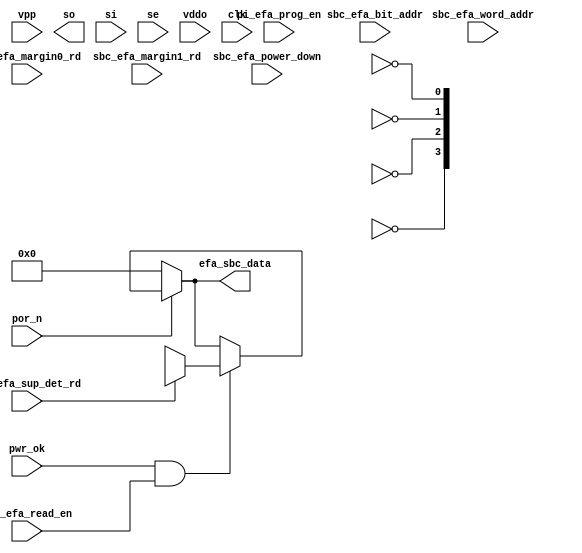
module bw_r_efa (
	vpp,
	pi_efa_prog_en, 
	sbc_efa_read_en,
	sbc_efa_word_addr,	
	sbc_efa_bit_addr,
	sbc_efa_margin0_rd,
	sbc_efa_margin1_rd,
	efa_sbc_data,
 	pwr_ok,
	por_n,
        sbc_efa_sup_det_rd,
	sbc_efa_power_down,
	so,
	si,
	se,
	vddo,
	clk
);


input            vpp;			// VPP input from I/O

output  [31:0]   efa_sbc_data;		// Data from e-fuse array to SBC
input            pi_efa_prog_en; 	// e-fuse array program enable
input            sbc_efa_read_en; 	// e-fuse array read enable
input	[5:0]    sbc_efa_word_addr;	// e-fuse array word addr
input   [4:0]    sbc_efa_bit_addr;	// e-fuse array bit addr
input            sbc_efa_margin0_rd; 	// e-fuse array margin0 read
input            sbc_efa_margin1_rd;	// e-fuse array margin1 read

input		 pwr_ok;		// power_ok reset
input		 por_n;			// por_n reset
input		 sbc_efa_sup_det_rd;	// e-fuse array supply detect read
input		 sbc_efa_power_down;	// e-fuse power down signal from SBC

output           so;		// Scan ports
input            si;
input		 se;
input 		 vddo;
input            clk; 			// cpu clk

/*--------------------------------------------------------------------------*/

//** Parameters and define **//
parameter MAXFILENAME=200;
//parameter 	EFA_READ_LAT = 5670 ; // 7 system cycles (150Mhz) - 1/4(sys clk); about 45ns
				     // 840 ticks = 1 system cycle
parameter 	EFA_READ_LAT = 45000 ; //  about 45ns (timescale is 1 ps)
/* The access time has been specified to be 45ns for a worst case read */

//** Wire and Reg declarations **//

reg [MAXFILENAME*8-1:0]  efuse_data_filename;
reg [31:0] efuse_array[0:63],efuse_row,efa_read_data;	//EFUSE ARRAY
integer file_get_status,i;
reg [31:0] fpInVec;
wire [31:0] efa_sbc_data;
wire	l1clk;		
wire   	lvl_det_l;           // level detect ok
wire    vddc_ok_l;           // vddc ok
wire    vddo_ok_l;           // vddo ok
wire    vpp_ok_l;            // vpp ok
reg     efuse_rd_progress;
reg	efuse_enable_write_check;

/*--------------------------------------------------------------------------*/

// Process data file
 
// synopsys translate_off
initial 
begin
  efuse_enable_write_check = 1;
  // Get Efuse data file from plusarg.
  if ($value$plusargs("efuse_data_file=%s", efuse_data_filename))
    begin
      // Read Efuse data file if present 
      $display("INFO: efuse data file is being read--filename=%0s", 
      			efuse_data_filename);
      $readmemh(efuse_data_filename, efuse_array);
      $display("INFO: completed reading efuse data file");
    end
  else 
    begin 
      //if file not present, initialize efuse_array with default value
      $display("INFO: Using default efuse data for the efuse array");
      for (i=0;i<=63;i=i+1) begin
	efuse_array[i] = 32'b0;
      end
    end
end   

// Process power down signal
assign l1clk   = clk & ~sbc_efa_power_down;

// Scan logic not in RTL 
assign so = se ? si : 1'bx;

//assign supply detect signals to valid values (circuit cannot be impl in model)
assign vddc_ok_l = 1'b0;
assign vddo_ok_l = 1'b0;
assign vpp_ok_l  = 1'b0;
assign lvl_det_l = 1'b0;


always @(posedge l1clk) begin
  // Write operation , one bit at a time
  if ((pi_efa_prog_en === 1'b1) && (pwr_ok === 1'b1) && (por_n === 1'b1))  begin
    efuse_row = efuse_array[sbc_efa_word_addr];
    efuse_row[sbc_efa_bit_addr] = 1'b1;
    efuse_array[sbc_efa_word_addr] <= efuse_row;
  end
end


// efa_read_data is from the VPP_CORE which is reset to 0 in ckt when read is de-asserted
// However in RTL it is reset to X because I want to simulate the wait time where
// efa_read_data is indeed X till the latency period
// margin reads are not modelled in the RTL
always @(posedge l1clk) begin
  // Read operation  , 32 bits at a time
  if ((sbc_efa_read_en) & ~efuse_rd_progress)  begin
   // About 45ns
   efa_read_data[31:0] <= #EFA_READ_LAT efuse_array[sbc_efa_word_addr];
   efuse_rd_progress = 1'b1;
  end
  if (~(sbc_efa_read_en))  begin
    efuse_rd_progress = 1'b0;
  end
  if (~efuse_rd_progress) begin
    efa_read_data[31:0] <= 32'bx;
  end
end
// synopsys translate_on

// In ckt, when sbc_efa_read_en is low, output remains the same.

assign efa_sbc_data[31:0] = por_n ? ((pwr_ok & sbc_efa_read_en) ? (sbc_efa_sup_det_rd ?
				{28'bx,~lvl_det_l,~vddc_ok_l,~vddo_ok_l,~vpp_ok_l}
				: efa_read_data[31:0] ) : efa_sbc_data[31:0]) : 32'b0;


endmodule